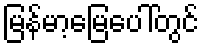
မြန်မာ့မြေပေါ်တွင်